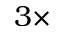
3 \times